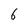
Character: 6